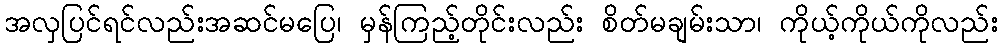
အလှပြင်ရင်လည်းအဆင်မပြေ၊ မှန်ကြည့်တိုင်းလည်း စိတ်မချမ်းသာ၊ ကိုယ့်ကိုယ်ကိုလည်း